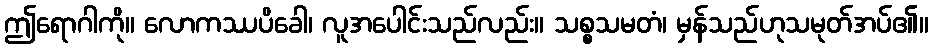
ဤရောဂါကို။ လောကဿပိခေါ၊ လူအပေါင်းသည်လည်း။ သစ္စသမတံ၊ မှန်သည်ဟုသမုတ်အပ်၏။